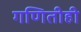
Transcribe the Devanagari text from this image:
गणितीही